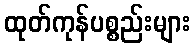
ထုတ်ကုန်ပစ္စည်းများ